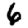
Digit: 6